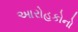
આરોહકોનો